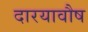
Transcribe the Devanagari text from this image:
दारयावौष